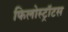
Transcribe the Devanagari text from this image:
फिलोस्ट्रॉटस